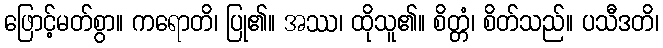
ဖြောင့်မတ်စွာ။ ကရောတိ၊ ပြု၏။ အဿ၊ ထိုသူ၏။ စိတ္တံ၊ စိတ်သည်။ ပသီဒတိ၊